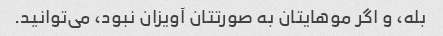
بله، و اگر موهایتان به صورتتان آویزان نبود، می‌توانید.